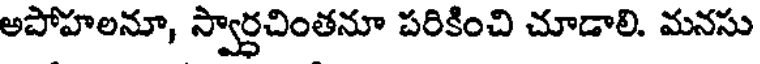
అపోహలనూ, స్వార్ధచింతనూ పరికించి చూడాలి. మనసు